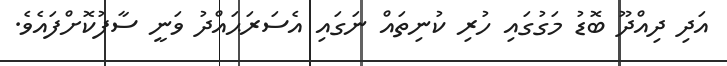
އަދި ދިއްދޫ ބޮޑު މަގުގައި ހުރި ކުނިތައް ނަގައި އެސަރަޙައްދު ވަނީ ސާފުކޮށްފައެވެ.